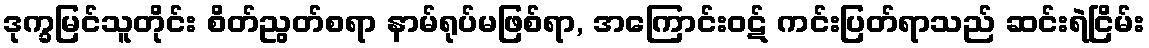
ဒုက္ခမြင်သူတိုင်း စိတ်ညွတ်စရာ နာမ်ရုပ်မဖြစ်ရာ, အကြောင်းဝဋ် ကင်းပြတ်ရာသည် ဆင်းရဲငြိမ်း